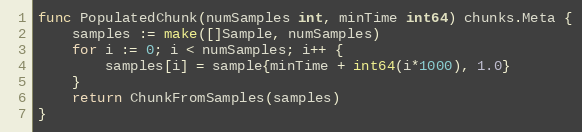
Language: Go
func PopulatedChunk(numSamples int, minTime int64) chunks.Meta {
	samples := make([]Sample, numSamples)
	for i := 0; i < numSamples; i++ {
		samples[i] = sample{minTime + int64(i*1000), 1.0}
	}
	return ChunkFromSamples(samples)
}